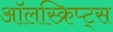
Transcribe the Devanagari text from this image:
ऑलस्क्रिप्ट्स